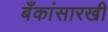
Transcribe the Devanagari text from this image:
बँकांसारखी